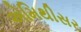
એમિથીસર